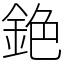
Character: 銫